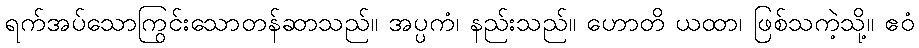
ရက်အပ်သောကြွင်းသောတန်ဆာသည်။ အပ္ပကံ၊ နည်းသည်။ ဟောတိ ယထာ၊ ဖြစ်သကဲ့သို့။ ဧဝံ